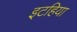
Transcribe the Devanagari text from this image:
इटहिया